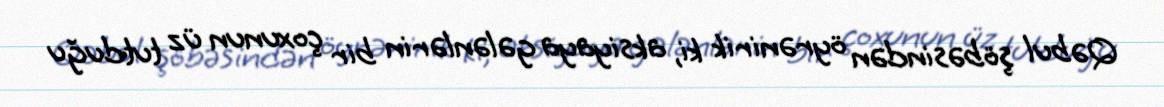
Qəbul şöbəsindən öyrənirik ki, aksiyaya gələnlərin bir çoxunun üz tutduğu